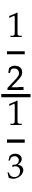
\frac { \frac { 1 } { 2 } } { \frac { 1 } { 3 } }